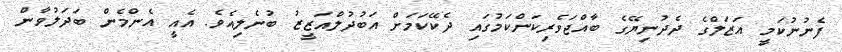
ފެނުނުކަމީ އަޒަލްގެ ދެދުނިޔޭގެ ބާއްޖަވެރިކަންކަމުގައި ދެކޭކަމަށް އަބުދުލްއަޒީޒު ބުނެލިއެވެ. އެއީ އެންމެން ބަދަލުވާން